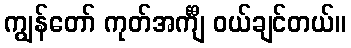
ကျွန်တော် ကုတ်အင်္ကျီ ဝယ်ချင်တယ်။